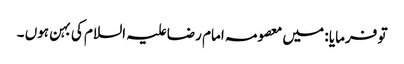
تو فرمایا : میں معصومہ امام رضا علیہ السلام کی بہن ہوں ۔